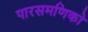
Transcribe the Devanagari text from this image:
पारसमणिको